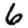
Digit: 6